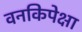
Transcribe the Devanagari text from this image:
वनकिपेक्षा